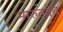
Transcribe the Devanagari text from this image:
मारुतदेव